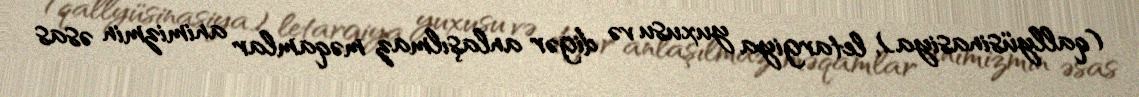
(qallyüsinasiya), letargiya yuxusu və digər anlaşılmaz məqamlar animizmin əsas